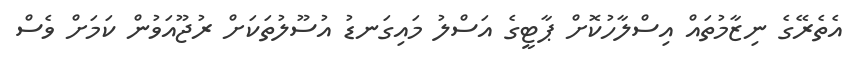
އެތެރޭގެ ނިޒާމުތައް އިސްލާހުކޮށް ޕާޓީގެ އަސްލު މައިގަނޑު އުސޫލުތަކަށް ރުޖޫއަވުން ކަމަށް ވެސް